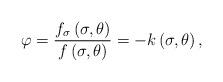
LaTeX: \begin{align*}\varphi=\frac{f_{\sigma}\left(\sigma,\theta\right)}{f\left(\sigma,\theta\right)}=-k\left(\sigma,\theta\right),\end{align*}